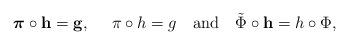
LaTeX: \begin{align*}\boldsymbol{\pi}\circ\mathbf{h}=\mathbf{g},\ \ \ \ \pi\circ h=g\ \ \ \textrm{and}\ \ \ \tilde{\Phi}\circ\mathbf{h}=h\circ\Phi,\end{align*}